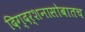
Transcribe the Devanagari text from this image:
दिग्दर्शनासोबातच